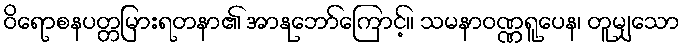
ဝိရောစနပတ္တမြားရတနာ၏ အာနုဘော်ကြောင့်။ သမနာဝဏ္ဏရူပေန၊ တူမျှသော